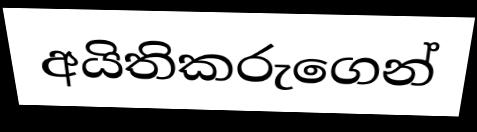
අයිතිකරුගෙන්